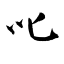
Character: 叱